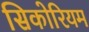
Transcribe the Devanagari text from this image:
सिकोरियम